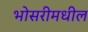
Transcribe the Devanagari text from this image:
भोसरीमधील